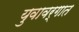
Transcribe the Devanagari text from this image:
युवावर्गात